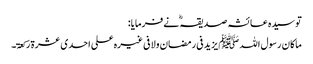
تو سیدہ عائشہ صدیقہ ؓ نے فرمایا:
ماکان رسول اللہ ﷺ یزید فی رمضان ولا فی غیرہ علی احدی عشرۃ رکعۃ۔